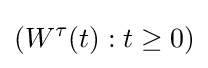
(W^{\tau }(t):t\geq 0)